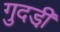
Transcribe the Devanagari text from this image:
गुदडी़